Annual administration and progress report of the Indian Medical Department, Bombay
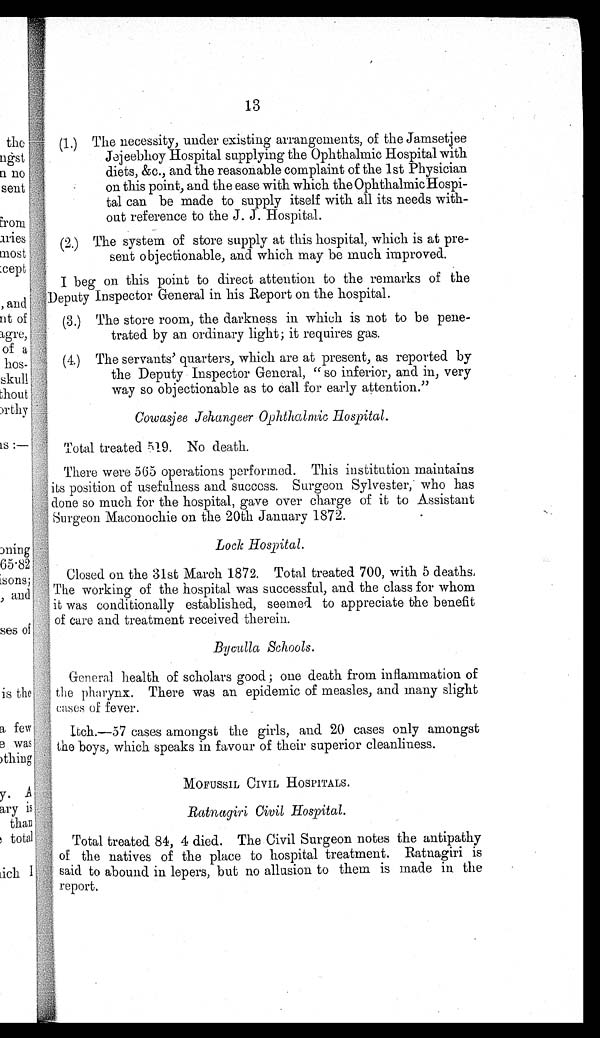
13
(1.) The necessity, under existing arrangements, of the Jamsetjee
Jejeebhoy Hospital supplying the Ophthalmic Hospital with
diets, &c., and the reasonable complaint of the 1st Physician
on this point, and the ease with which the Ophthalmic Hospi-
tal can be made to supply itself with all its needs with-
out reference to the J. J. Hospital.
(2.) The system of store supply at this hospital, which is at pre-
sent objectionable, and which may be much improved.
I beg on this point to direct attention to the remarks of the
Deputy Inspector General in his Report on the hospital.
(3.) The store room, the darkness in which is not to be pene-
trated by an ordinary light; it requires gas.
(4.) The servants' quarters, which are at present, as reported by
the Deputy Inspector General, "so inferior, and in, very
way so objectionable as to call for early attention."
Cowasjee Jehangeer Ophthalmic Hospital.
Total treated 519. No death.
There were 565 operations performed. This institution maintains
its position of usefulness and success. Surgeon Sylvester, who has
done so much for the hospital, gave over charge of it to Assistant
Surgeon Maconochie on the 20th January 1872.
Lock Hospital.
Closed on the 31st March 1872. Total treated 700, with 5 deaths.
The working of the hospital was successful, and the class for whom
it was conditionally established, seemed to appreciate the benefit
of care and treatment received therein.
Byculla Schools.
General health of scholars good; one death from inflammation of
the pharynx. There was an epidemic of measles, and many slight
cases of fever.
Itch.—57 cases amongst the girls, and 20 cases only amongst
the boys, which speaks in favour of their superior cleanliness.
MOFUSSIL CIVIL HOSPITALS.
Ratnagiri Civil Hospital.
Total treated 84, 4 died. The Civil Surgeon notes the antipathy
of the natives of the place to hospital treatment. Ratnagiri is
said to abound in lepers, but no allusion to them is made in the
report.